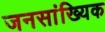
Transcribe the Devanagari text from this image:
जनसांख्यिक